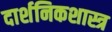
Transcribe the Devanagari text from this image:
दार्शनिकशास्त्र